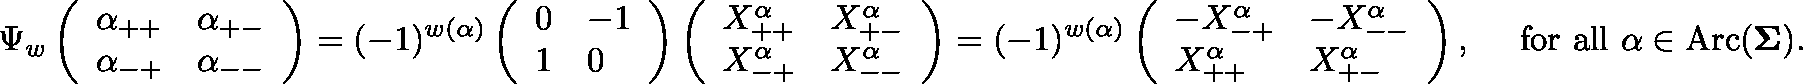
\Psi _ { w } \left( \begin{array} { l l } { \alpha _ { + + } } & { \alpha _ { + - } } \\ { \alpha _ { - + } } & { \alpha _ { -- } } \end{array} \right) = ( - 1 ) ^ { w ( \alpha ) } \left( \begin{array} { l l } { 0 } & { - 1 } \\ { 1 } & { 0 } \end{array} \right) \left( \begin{array} { l l } { X _ { + + } ^ { \alpha } } & { X _ { + - } ^ { \alpha } } \\ { X _ { - + } ^ { \alpha } } & { X _ { -- } ^ { \alpha } } \end{array} \right) = ( - 1 ) ^ { w ( \alpha ) } \left( \begin{array} { l l } { - X _ { - + } ^ { \alpha } } & { - X _ { -- } ^ { \alpha } } \\ { X _ { + + } ^ { \alpha } } & { X _ { + - } ^ { \alpha } } \end{array} \right) , \quad \mathrm { ~ f o r ~ a l l ~ } \alpha \in \operatorname { A r c } ( \mathbf { \Sigma } ) .